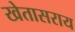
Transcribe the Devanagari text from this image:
खेतासराय